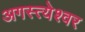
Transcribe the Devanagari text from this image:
अगस्त्येश्वर